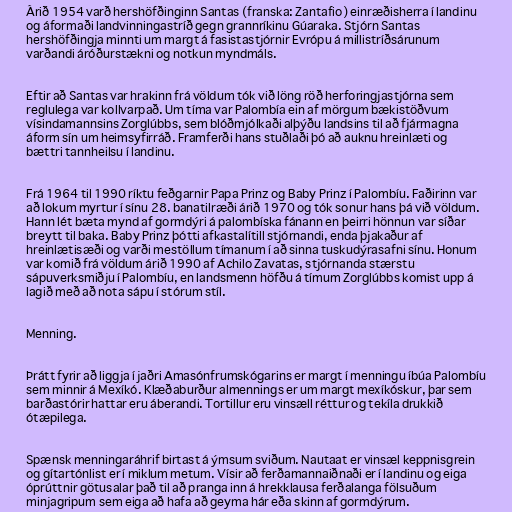
Árið 1954 varð hershöfðinginn Santas (franska: Zantafio) einræðisherra í landinu
og áformaði landvinningastríð gegn grannríkinu Gúaraka. Stjórn Santas
hershöfðingja minnti um margt á fasistastjórnir Evrópu á millistríðsárunum
varðandi áróðurstækni og notkun myndmáls.

Eftir að Santas var hrakinn frá völdum tók við löng röð herforingjastjórna sem
reglulega var kollvarpað. Um tíma var Palombía ein af mörgum bækistöðvum
vísindamannsins Zorglúbbs, sem blóðmjólkaði alþýðu landsins til að fjármagna
áform sín um heimsyfirráð. Framferði hans stuðlaði þó að auknu hreinlæti og
bættri tannheilsu í landinu.

Frá 1964 til 1990 ríktu feðgarnir Papa Prinz og Baby Prinz í Palombíu. Faðirinn var
að lokum myrtur í sínu 28. banatilræði árið 1970 og tók sonur hans þá við völdum.
Hann lét bæta mynd af gormdýri á palombíska fánann en þeirri hönnun var síðar
breytt til baka. Baby Prinz þótti afkastalítill stjórnandi, enda þjakaður af
hreinlætisæði og varði mestöllum tímanum í að sinna tuskudýrasafni sínu. Honum
var komið frá völdum árið 1990 af Achilo Zavatas, stjórnanda stærstu
sápuverksmiðju í Palombíu, en landsmenn höfðu á tímum Zorglúbbs komist upp á
lagið með að nota sápu í stórum stíl.

Menning.

Þrátt fyrir að liggja í jaðri Amasónfrumskógarins er margt í menningu íbúa Palombíu
sem minnir á Mexíkó. Klæðaburður almennings er um margt mexíkóskur, þar sem
barðastórir hattar eru áberandi. Tortillur eru vinsæll réttur og tekíla drukkið
ótæpilega.

Spænsk menningaráhrif birtast á ýmsum sviðum. Nautaat er vinsæl keppnisgrein
og gítartónlist er í miklum metum. Vísir að ferðamannaiðnaði er í landinu og eiga
óprúttnir götusalar það til að pranga inn á hrekklausa ferðalanga fölsuðum
minjagripum sem eiga að hafa að geyma hár eða skinn af gormdýrum.